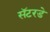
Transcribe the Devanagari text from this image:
सॅटरडे